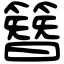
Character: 簪